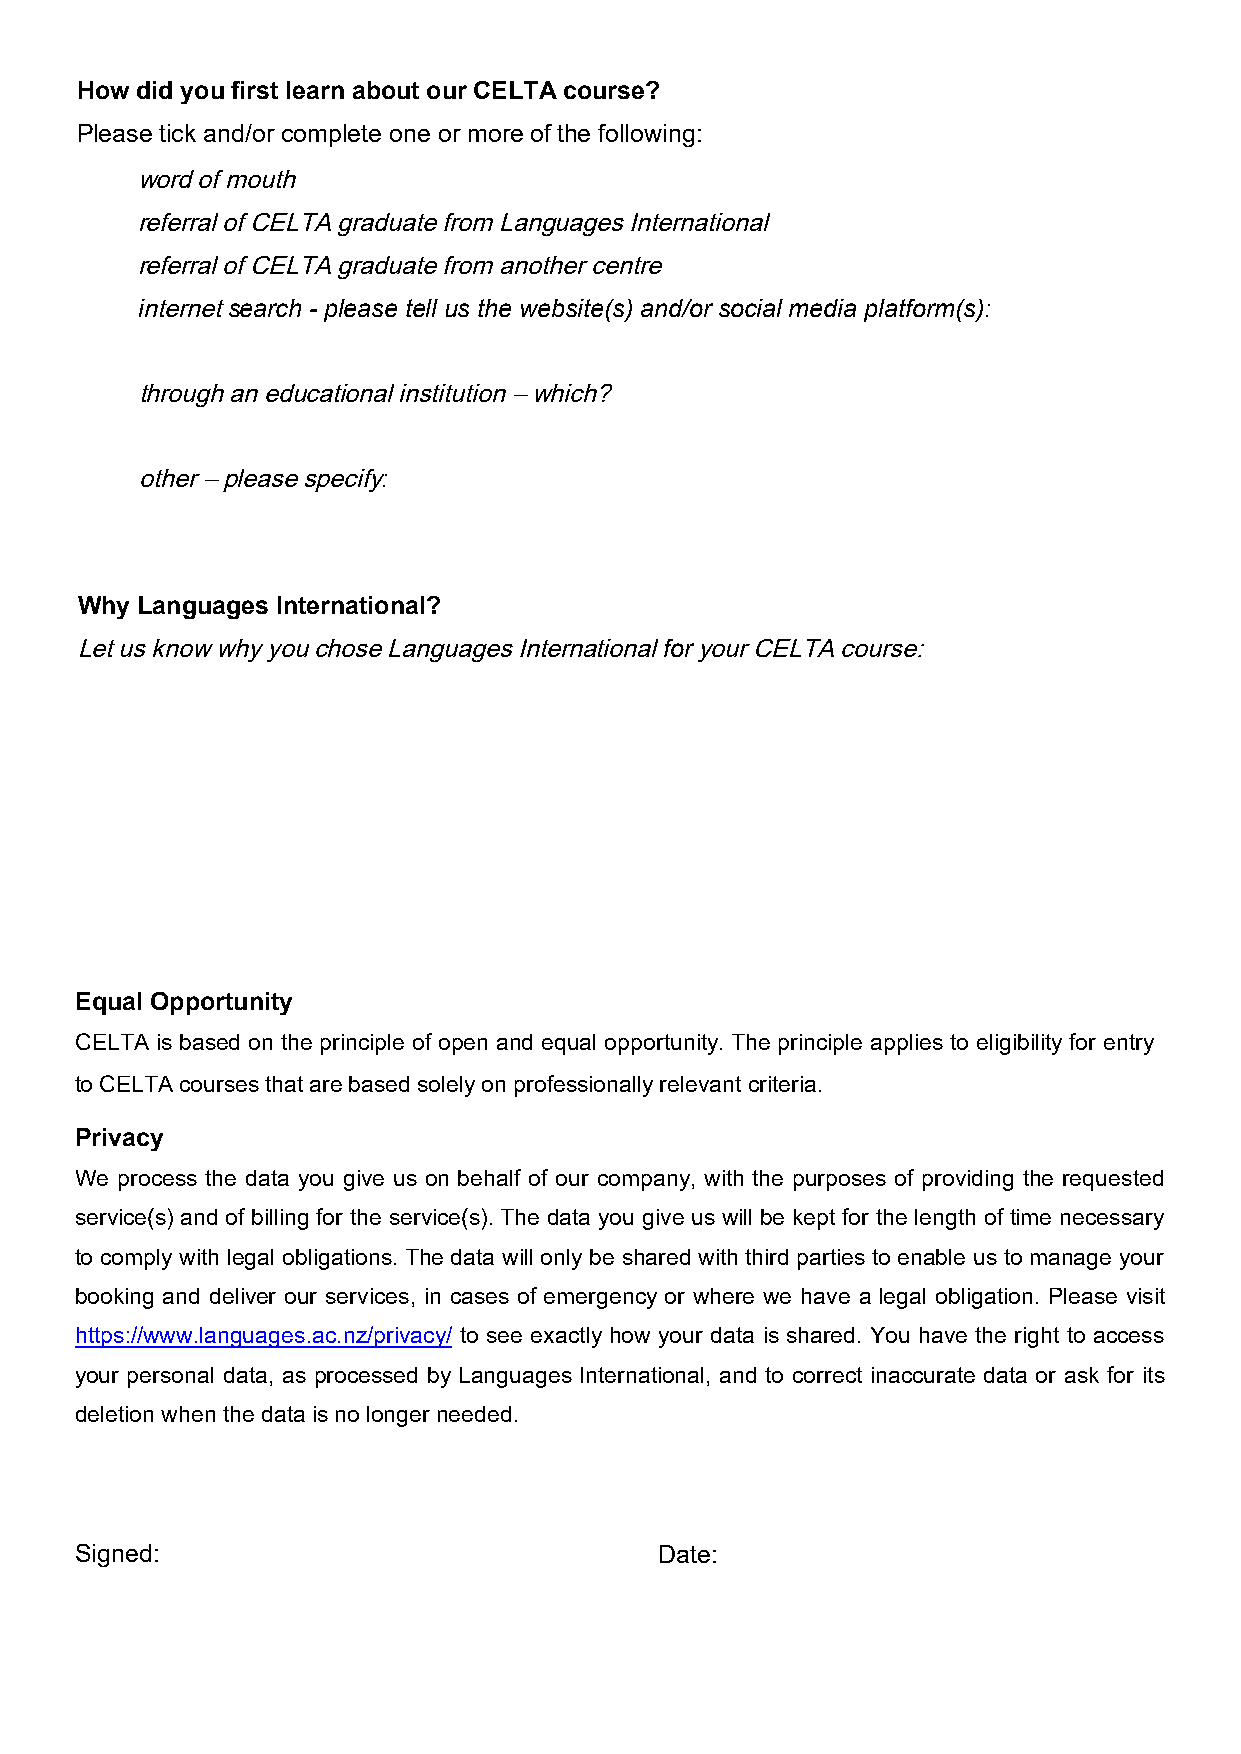
How did you first learn about our CELTA course?
 Please tick and/or complete one or more of the following:
 word of mouth
 referral of CELTA graduate from Languages International
 referral of CELTA graduate from another centre
 internet search - please tell us the website(s) and/or social media platform(s):
 through an educational institution – which?
 other – please specify:
 Why Languages International?
 Let us know why you chose Languages International for your CELTA course:
 Equal Opportunity
 CELTA is based on the principle of open and equal opportunity. The principle applies to eligibility for entry
 to CELTA courses that are based solely on professionally relevant criteria.
 Privacy
 We process the data you give us on behalf of our company, with the purposes of providing the requested
 service(s) and of billing for the service(s). The data you give us will be kept for the length of time necessary
 to comply with legal obligations. The data will only be shared with third parties to enable us to manage your
 booking and deliver our services, in cases of emergency or where we have a legal obligation. Please visit
 https://www.languages.ac.nz/privacy/ to see exactly how your data is shared. You have the right to access
 your personal data, as processed by Languages International, and to correct inaccurate data or ask for its
 deletion when the data is no longer needed.
 Signed:                                Date: